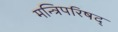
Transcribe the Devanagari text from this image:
मन्त्रिपरिषद्